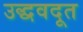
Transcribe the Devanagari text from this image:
उद्धवदूत